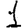
Digit: 1